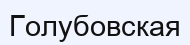
Голубовская